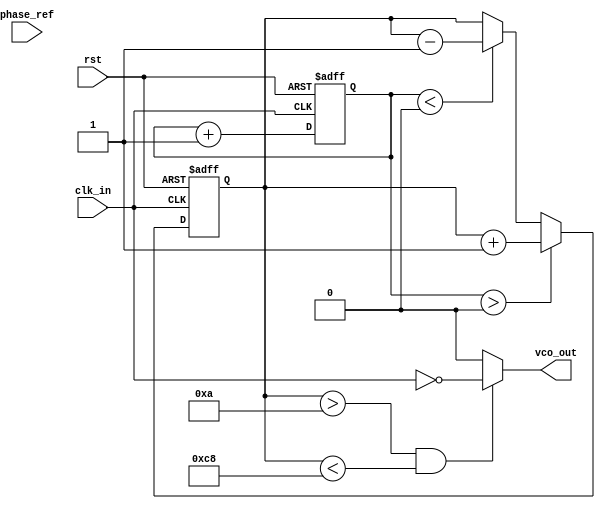
module sigma_delta_pll (
    input wire clk_in,           // Input reference clock
    input wire rst,              // Asynchronous reset
    input wire phase_ref,        // Reference phase signal
    output wire vco_out          // Output of the Voltage-Controlled Oscillator
);

// Parameters
parameter MOD_ORDER = 1;       // Sigma-Delta Modulator Order
parameter VCO_MAX_FREQ = 200;   // Maximum VCO frequency
parameter VCO_MIN_FREQ = 10;    // Minimum VCO frequency

// Internal signals
reg [15:0] phase_error;         // Phase error signal
reg [15:0] integrator;          // Integrator for Sigma-Delta modulator
reg vco_control;                // Control voltage for the VCO
wire vco_feedback;              // Feedback from VCO
wire sigma_delta_out;           // Output of Sigma-Delta modulator

// Sigma-Delta Modulator
always @(posedge clk_in or posedge rst) begin
    if (rst) begin
        integrator <= 0;
    end else begin
        // Simple first-order integrator
        integrator <= integrator + phase_error;
        // Quantization to 1-bit output
        if (integrator >= 0) begin
            sigma_delta_out <= 1'b1; // Output high
            integrator <= integrator - 1; // Feedback
        end else begin
            sigma_delta_out <= 1'b0; // Output low
            integrator <= integrator + 1; // Feedback
        end
    end
end

// Loop Filter (simple proportional filter for example)
always @(posedge clk_in or posedge rst) begin
    if (rst) begin
        vco_control <= 0;
    end else begin
        // Update vco_control based on sigma_delta_out
        vco_control <= vco_control + (sigma_delta_out ? 1 : -1);
    end
end

// Voltage-Controlled Oscillator (VCO)
reg [7:0] vco_freq; // VCO frequency control (simplified)
assign vco_out = (vco_freq > VCO_MIN_FREQ && vco_freq < VCO_MAX_FREQ) 
                 ? ~clk_in : 1'b0; // Simple toggle for VCO

always @(posedge clk_in or posedge rst) begin
    if (rst) begin
        vco_freq <= VCO_MIN_FREQ; // Set initial VCO frequency
    end else begin
        // Adjust VCO frequency based on control signal
        if (vco_control > 0) begin
            vco_freq <= vco_freq + 1; // Increase frequency
        end else if (vco_control < 0) begin
            vco_freq <= vco_freq - 1; // Decrease frequency
        end
    end
end

// Feedback path (not fully implemented, just for illustration)
assign vco_feedback = vco_out; // Feedback from VCO to phase detector

// Phase Detector (simple XOR for example, assuming binary phase)
always @(posedge clk_in or posedge rst) begin
    if (rst) begin
        phase_error <= 0;
    end else begin
        // Simple phase error calculation (for illustrative purposes)
        phase_error <= phase_ref ^ vco_feedback; // XOR for phase comparison
    end
end

endmodule